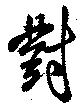
対